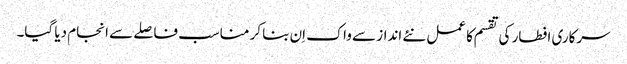
سرکاری افطار کی تقسم کا عمل نئے انداز سے واک اِن بنا کر مناسب فاصلے سے انجام دیا گیا۔